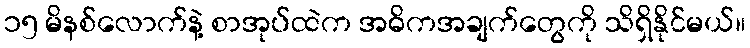
၁၅ မိနစ်လောက်နဲ့ စာအုပ်ထဲက အဓိကအချက်တွေကို သိရှိနိုင်မယ်။